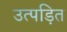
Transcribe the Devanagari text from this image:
उत्पड़ित